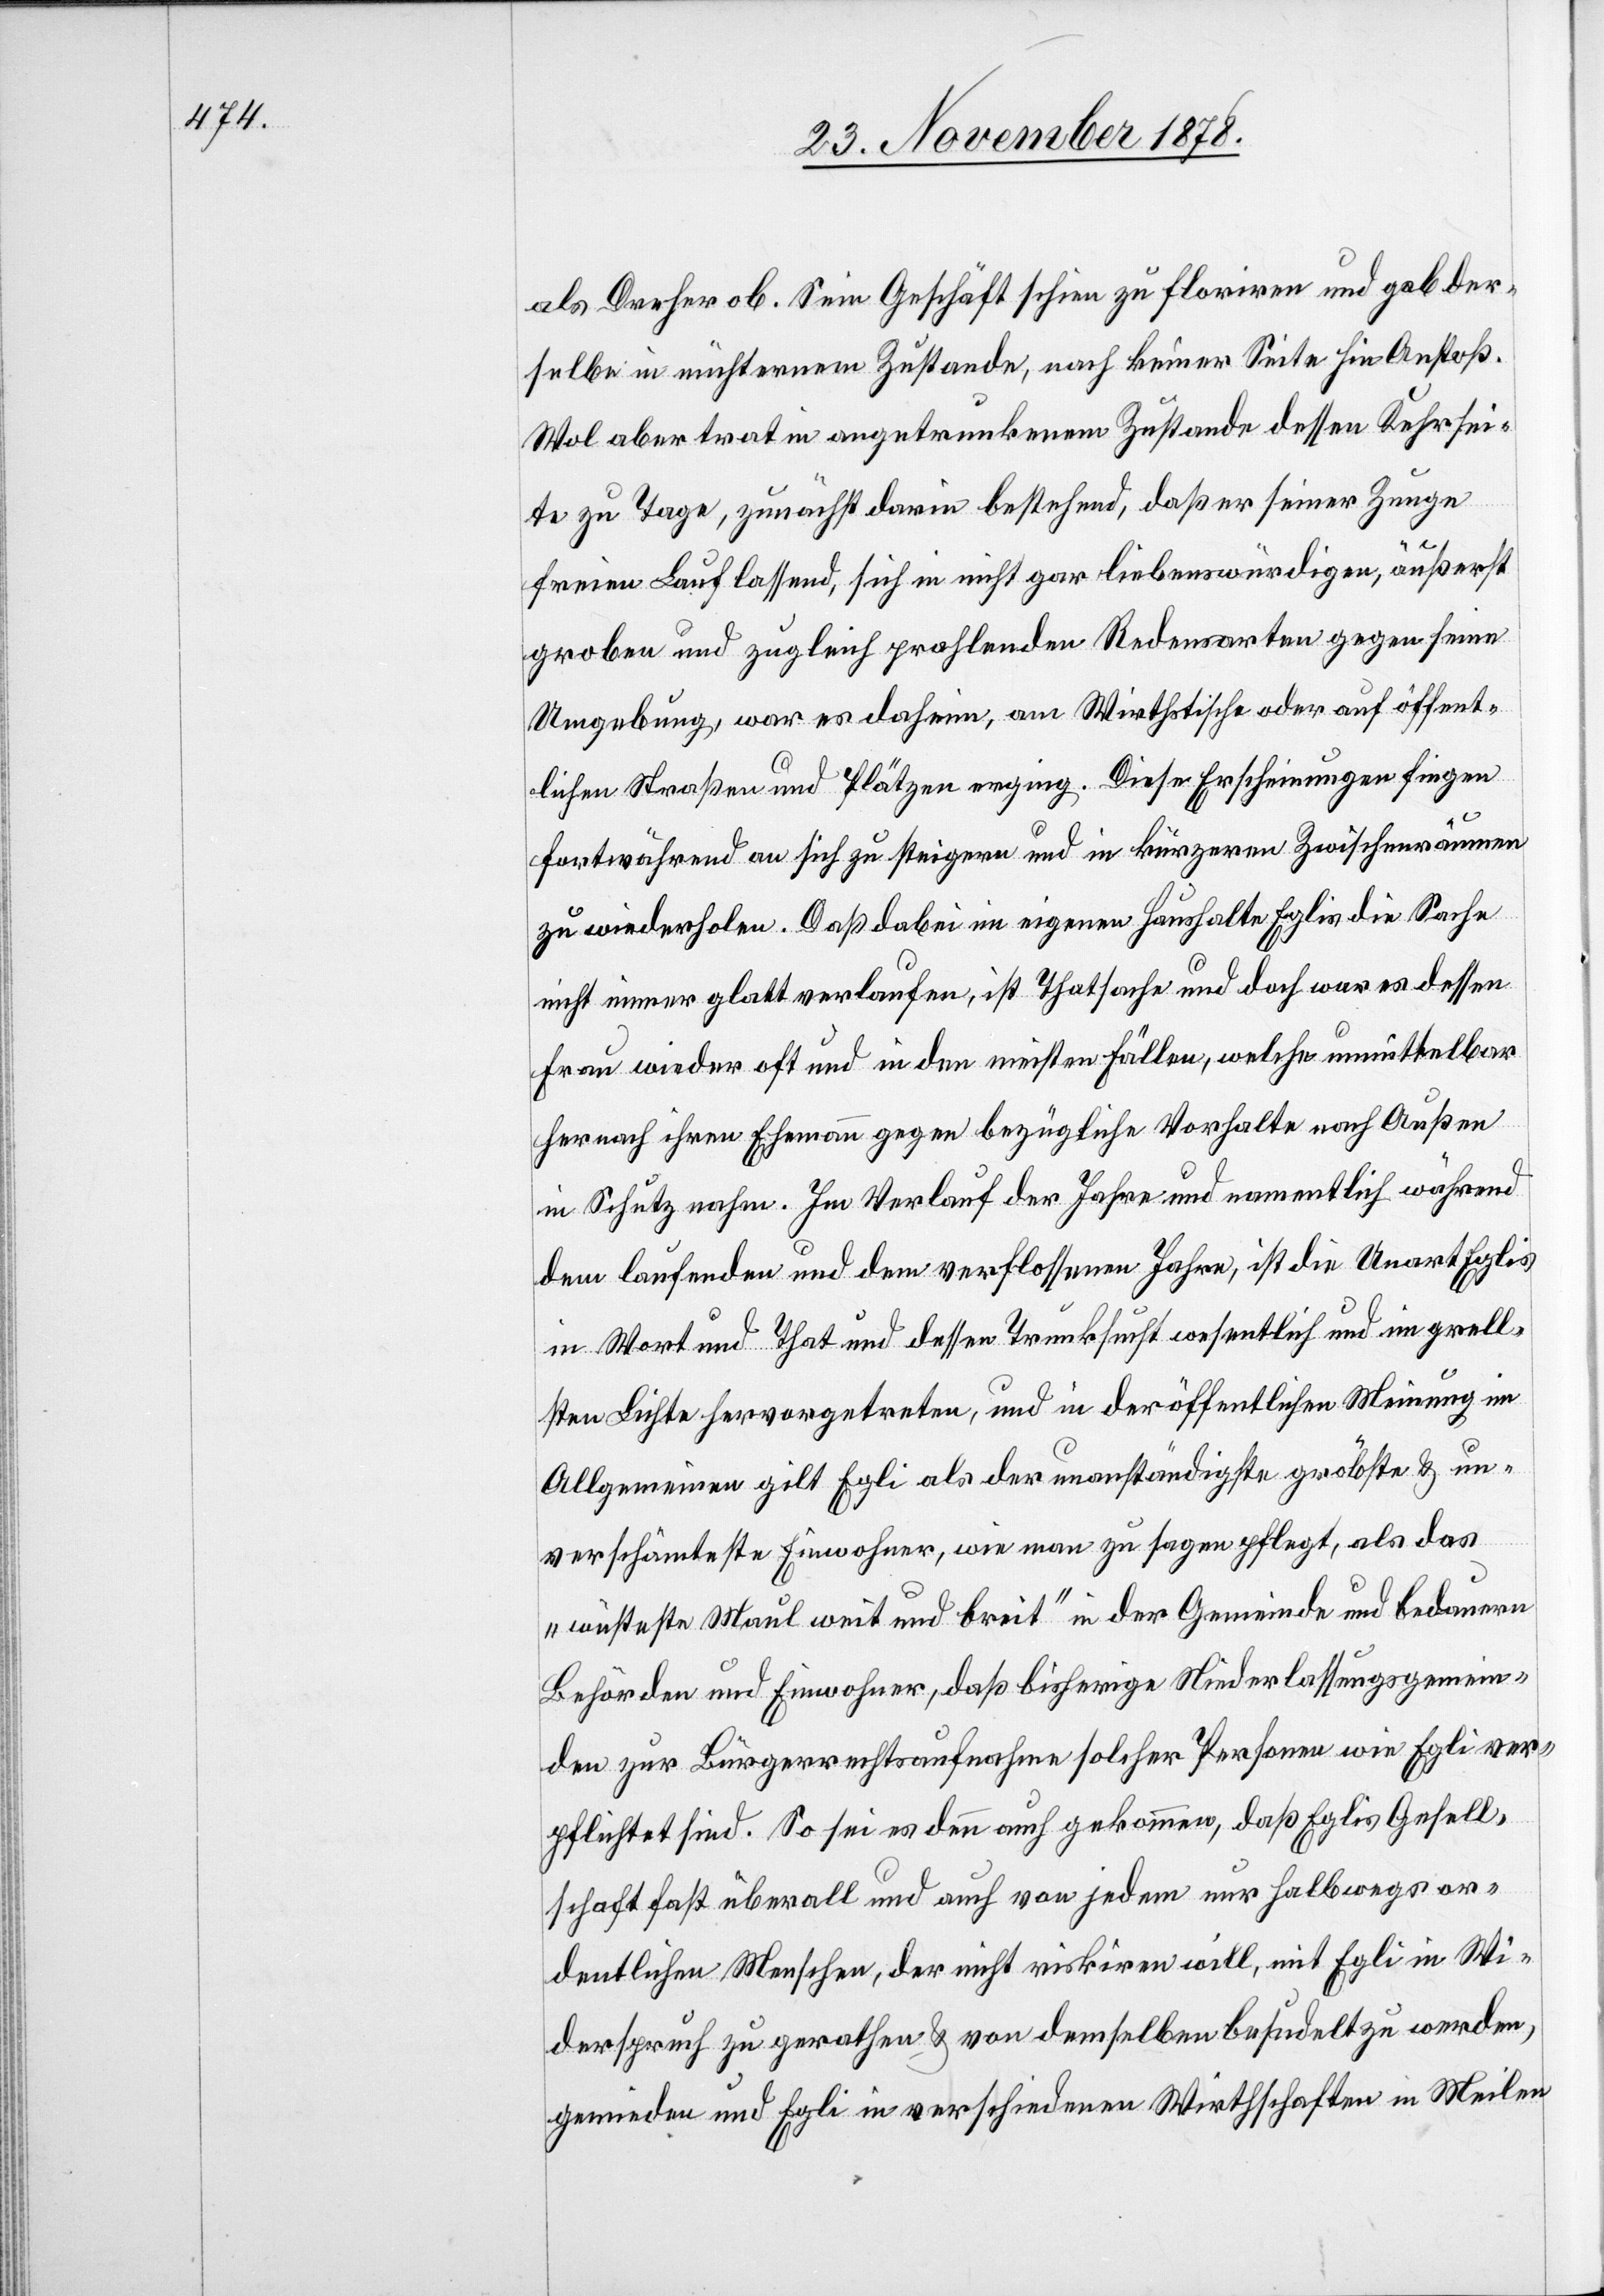
als Dreher ob. Sein Geschäft schien zu floriren und gab der¬
selbe in nüchternem Zustande, nach keiner Seite hin Anstoß.
Wol aber trat in angetrunkenem Zustande dessen Kehrsei¬
te zu Tage, zunächst darin bestehend, daß er seiner Zunge
freien Lauf lassend, sich in nicht gar liebenswüridgen, äußerst
groben und zugleich prahlenden Redensarten gegen seine
Umgebung, war es daheim, am Wirthstische oder auf öffent¬
lichen Straßen und Plätzen erging. Diese Erscheinungen fingen
fortwährend an sich zu steigern und in kürzeren Zwischenräumen
zu wiederholen. Daß dabei im eigenen Haushalte Eglis die Sache
nicht immer glatt verlaufen, ist Thatsache und doch war es dessen
Frau wieder oft und in den meisten Fällen, welche unmittelbar
hernach ihren Ehemann gegen bezügliche Vorhalte nach Außen
in Schutz nahm. Im Verlauf der Jahre und namentlich während
dem laufenden und dem verflossenen Jahre, ist die Unart Eglis
in Wort und That und dessen Trunksucht wesentlich und im grell¬
sten Lichte hervorgetreten, und in der öffentlichen Meinung im
Allgemeinen gilt Egli als der unanständigste, gröbste & um¬
verschämteste Einwohner, wie man zu sagen pflegt, als das
„wüsteste Maul weit und breit“ in der Gemeinde und bedauern
Behörden und Einwohner, daß bisherige Niederlassungsgemein¬
den zur Bürgerrechtsaufnahme solcher Personen wie Egli ver¬
pflichtet sind. So sei es denn auch gekommen, das Eglis Gesell¬
schaft fast überall und auch von jedem nur halbwegs or¬
dentlichen Menschen, der nicht riskiren will, mit Egli in Wi¬
derspruch gerathen & von demselben besudelt zu werden,
gemieden und Egli in verschiedenen Wirthschaften in Meilen